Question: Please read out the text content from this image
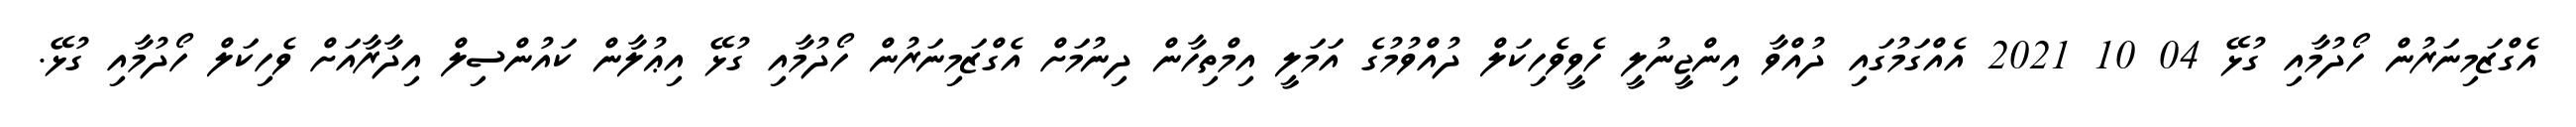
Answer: އެގްޒަމިނަރުން ހޯދުމާއި ގުޅޭ 04 10 2021 އެއްގަމުގައި ދުއްވާ އިންޖީނުލީ ހެވީވެހިކަލް ދުއްވުމުގެ އަމަލީ އިމްތިހާން ދިނުމަށް އެގްޒަމިނަރުން ހޯދުމާއި ގުޅޭ އިޢުލާން ކައުންސިލް އިދާރާއަށް ވެހިކަލް ހޯދުމާއި ގުޅޭ.